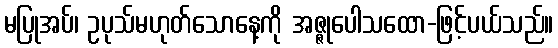
မပြုအပ်၊ ဥပုသ်မဟုတ်သောနေ့ကို အဇ္ဇုပေါသထော-ဖြင့်ပယ်သည်။